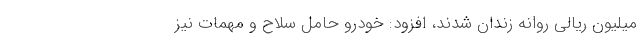
میلیون ریالی روانه زندان شدند، افزود: خودرو حامل سلاح و مهمات نیز